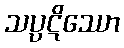
သပ္ပဋိဿော